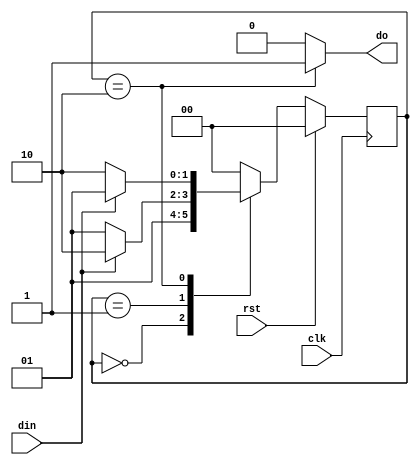
`timescale 1ns / 1ps
//////////////////////////////////////////////////////////////////////////////////
// Company: 
// Engineer: 
// 
// Design Name: 
// Module Name: moore_1
// Project Name: 
// Target Devices: 
// Tool Versions: 
// Description: 
// 
// Dependencies: 
// 
// Revision:
// Revision 0.01 - File Created
// Additional Comments:
// 
//////////////////////////////////////////////////////////////////////////////////


module moore_1(
    input clk,rst,din,
    output reg  do
    );
parameter idle = 0;
parameter s0 = 1;
parameter s1 = 2;
reg [1 : 0] s = idle,ns = idle;
always@(posedge clk)
begin
if (rst == 1'b1)
 s <= idle;
else 
 s <= ns;
end
always@(s,din)
begin
case(s) 
idle : do = 1'b0;
s0: do = 1'b0;
s1: do = 1'b1;
default : do = 1'b0;
endcase
end  
always@(s,din)
begin
case(s)
idle : begin
    ns = s0;
end
 
s0: begin
  if(din == 1'b1)
     ns = s1;
   else
     ns = s0;
end
 
 
s1 : begin
  if(din == 1'b1)
    ns = s0;
  else
    ns = s1;
end
 
default : ns = idle; 
 
endcase
end   
endmodule